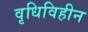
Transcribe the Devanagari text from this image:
वृधिविहीन